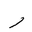
Letter: _ra